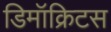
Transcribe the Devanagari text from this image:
डिमॉक्रिटस